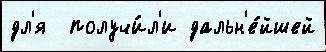
дл'я  получи́л'и дальн'е́йшей